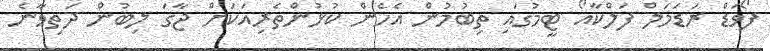
ފޯވަޑް ރަޑަމަލް ފަލްކާއޯ ޓީމުގައި ތިބުމުން އެހެން ކުޅުންތެރިއަކަށް ޖާގަ ލިބުން ދަތިވާނެ